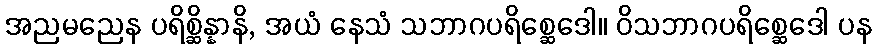
အညမညေန ပရိစ္ဆိန္နာနိ, အယံ နေသံ သဘာဂပရိစ္ဆေဒေါ။ ဝိသဘာဂပရိစ္ဆေဒေါ ပန